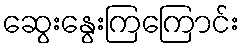
ဆွေးနွေးကြကြောင်း